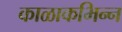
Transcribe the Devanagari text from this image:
काळाकभिन्न